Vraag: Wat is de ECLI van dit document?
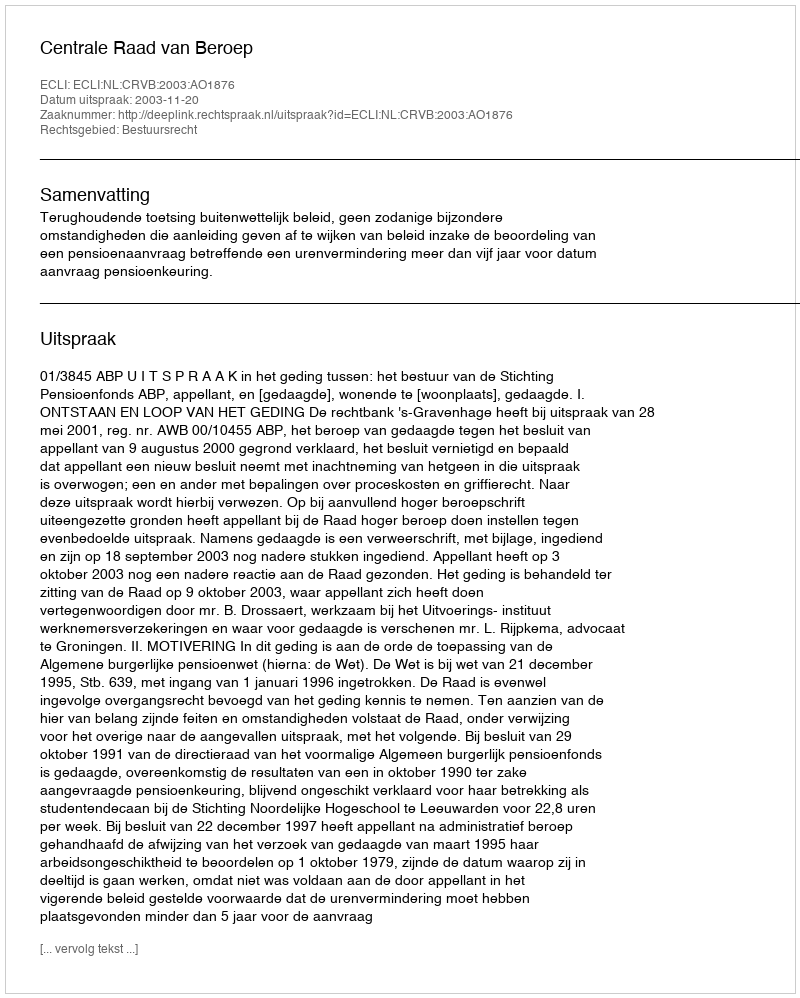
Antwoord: ECLI:NL:CRVB:2003:AO1876